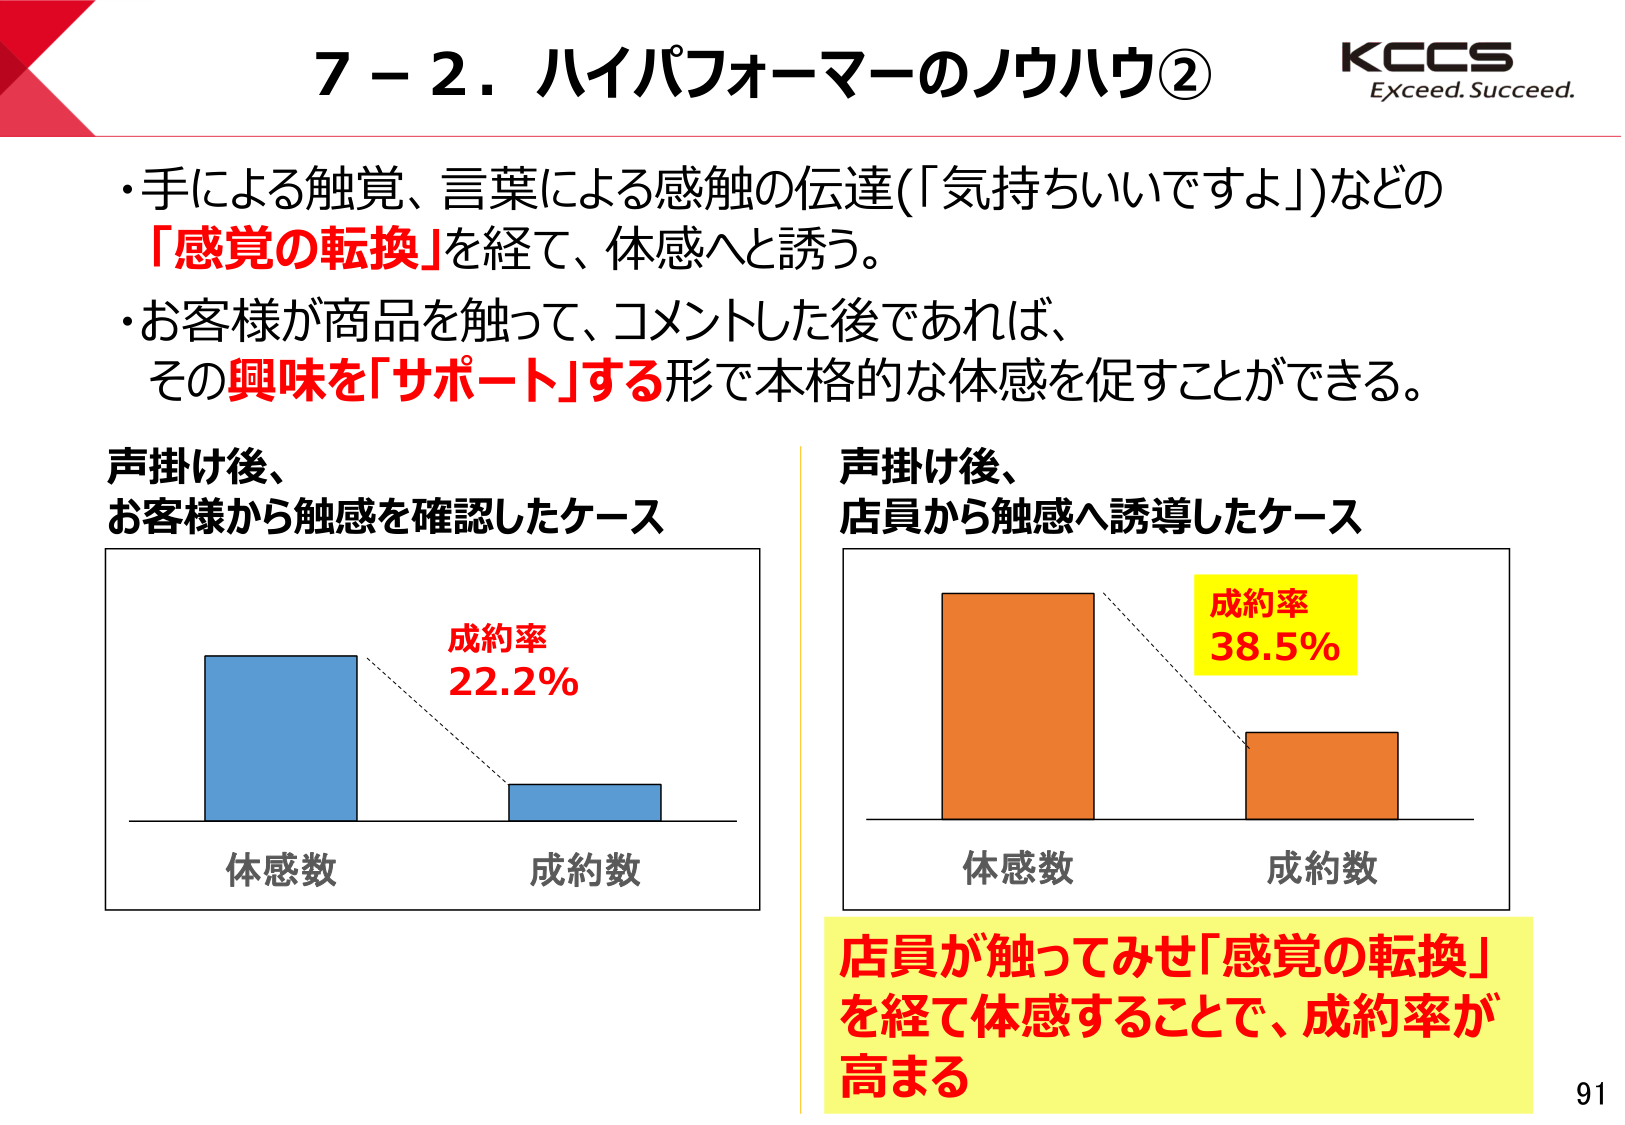
7－2．ハイパフォーマーのノウハウ②

KCCS
Exceed. Succeed.

・手による触覚、言葉による感触の伝達（「気持ちいいですよ」）などの
「感覚の転換」を経て、体感へと誘う。
・お客様が商品を触って、コメントした後であれば、
その興味を「サポート」する形で本格的な体感を促すことができる。

声掛け後、
お客様から触感を確認したケース

体感数　成約数
成約率
22.2%

声掛け後、
店員から触感へ誘導したケース

体感数　成約数
成約率
38.5%

店員が触ってみせ「感覚の転換」
を経て体感することで、成約率が
高まる

91